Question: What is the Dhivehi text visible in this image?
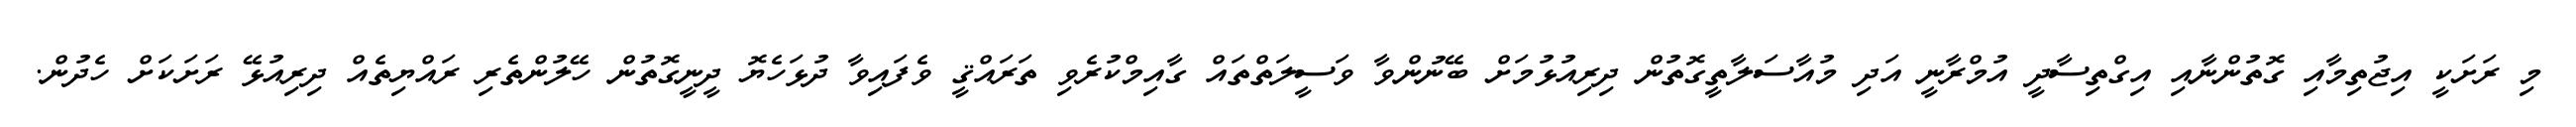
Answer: މި ރަށަކީ އިޖުތިމާއި ގޮތުންނާއި އިގްތިސާދީ އުމްރާނީ އަދި މުއާސަލާތީގޮތުން ދިރިއުޅުމަށް ބޭނުންވާ ވަސީލަތްތައް ގާއިމްކުރެވި ތަރައްޤީ ވެފައިވާ ދުޅަހެޔޮ ދީނީގޮތުން ހޭލުންތެރި ރައްޔިތެއް ދިރިއުޅޭ ރަށަކަށް ހެދުން.